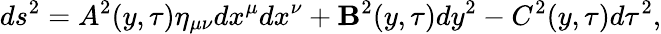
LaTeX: ds^{2}=A^{2}(y,\tau)\eta_{\mu\nu}dx^{\mu}dx^{\nu}+\mathbf{B}^{2}(y,\tau)dy^{2}-C^{2}(y,\tau)d\tau^{2},